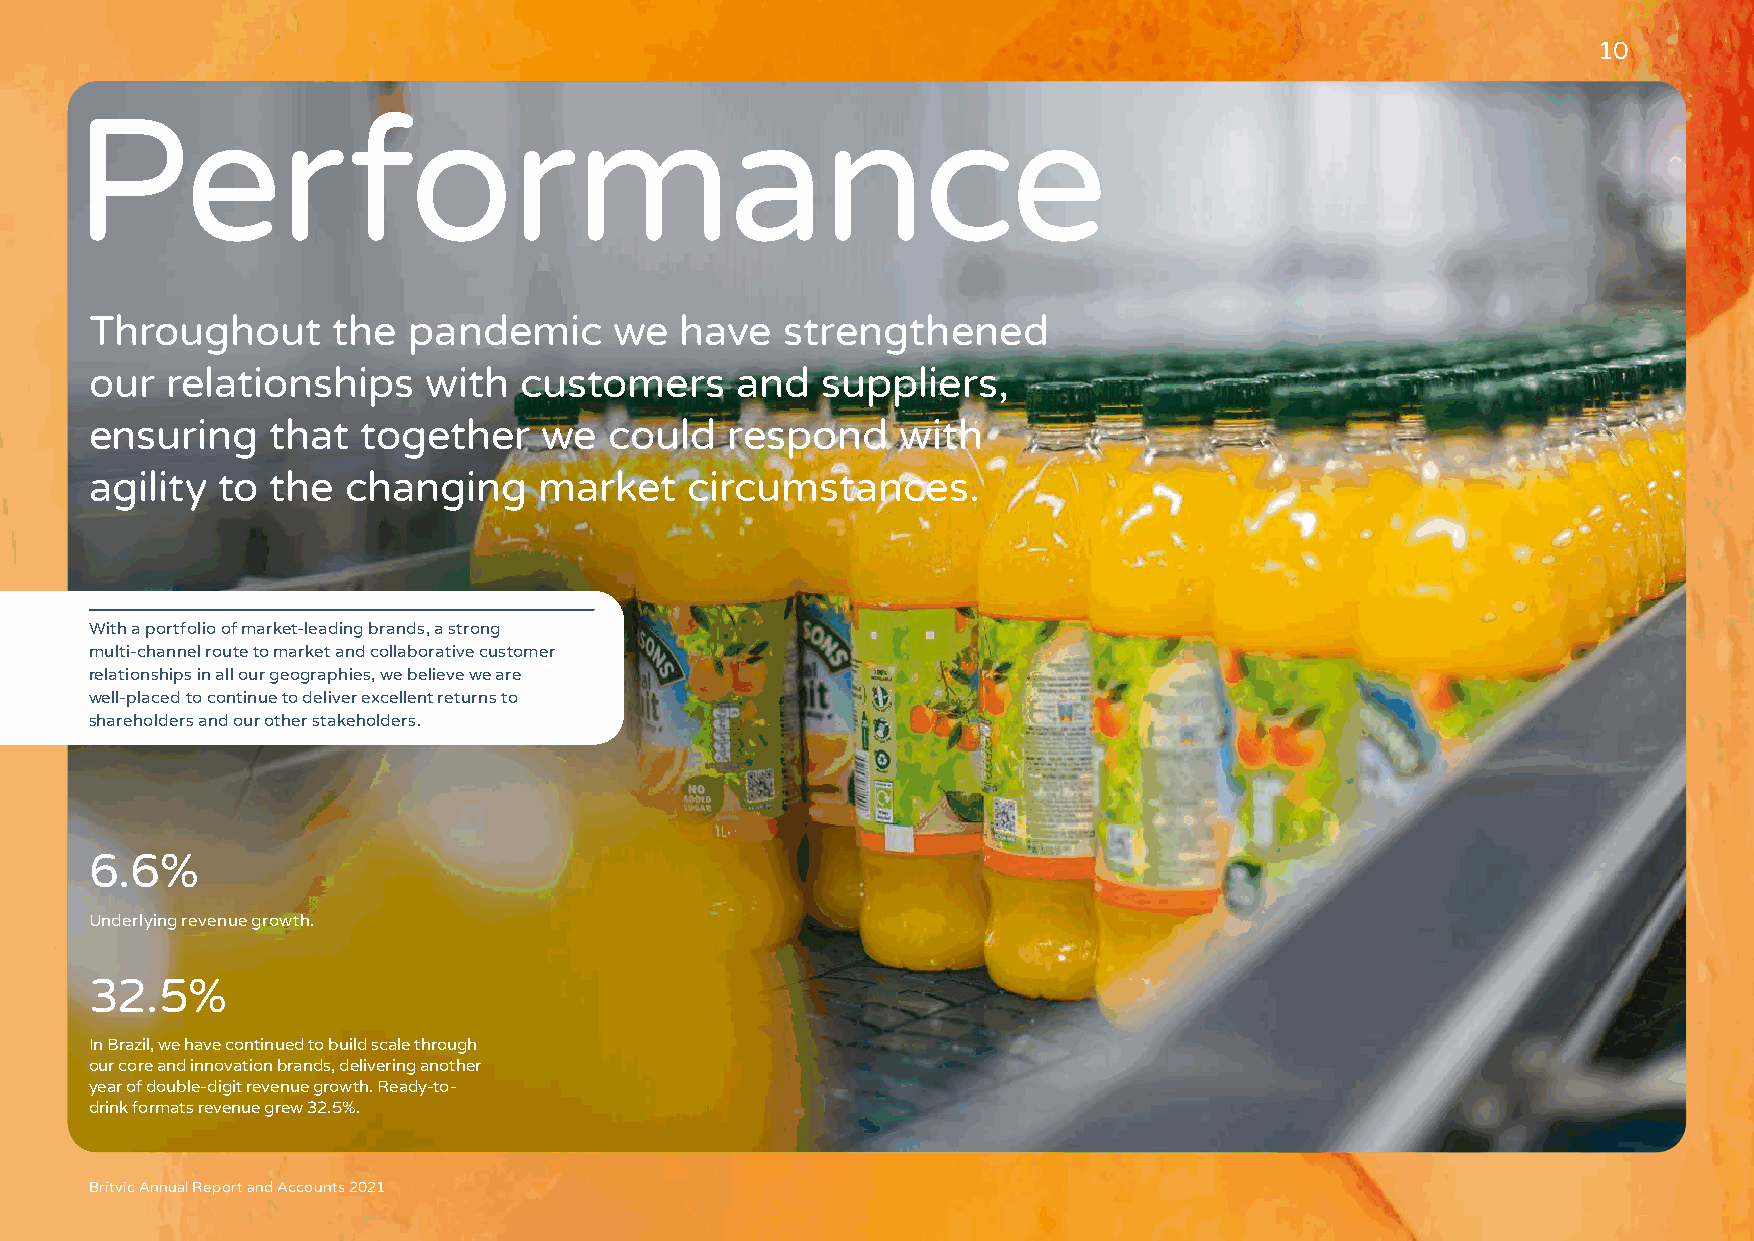
10
 P      erformance
 Throughout      the  pandemic      we  have   strengthened
 our  relationships    with  customers      and  suppliers,
 ensuring    that  together    we  could   respond     with
 agility to  the  changing     market   circumstances.
 With a portfolio of market-leading brands, a strong
 multi-channel route to market and collaborative customer
 relationships in all our geographies, we believe we are
 well-placed to continue to deliver excellent returns to
 shareholders and our other stakeholders.
 6.6%
 Underlying revenue growth.
 32.5%
 In Brazil, we have continued to build scale through
 our core and innovation brands, delivering another
 year of double-digit revenue growth. Ready-to-
 drink formats revenue grew 32.5%.
 Britvic Annual Report and Accounts 2021